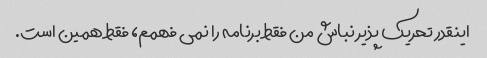
اینقدر تحریک پذیر نباش من فقط برنامه را نمی فهمم، فقط همین است.